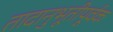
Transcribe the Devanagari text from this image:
तादानुभूतीपूर्वक